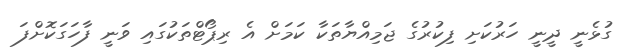
ގުޅެނީ ދީނީ ހަރުކަށި ފިކުރުގެ ޖަމިއްޔާތަކާ ކަމަށް އެ ރިޕޯޓްތަކުގައި ވަނީ ފާހަގަކޮށްފަ